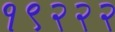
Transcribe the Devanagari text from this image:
१९२२२